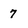
Character: 7